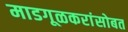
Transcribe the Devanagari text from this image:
माडगूळकरांसोबत